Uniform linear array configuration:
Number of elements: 64
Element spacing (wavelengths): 0.25
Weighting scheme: hamming
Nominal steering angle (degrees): -60
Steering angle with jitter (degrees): -59.433
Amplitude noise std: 0.05
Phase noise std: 0.05

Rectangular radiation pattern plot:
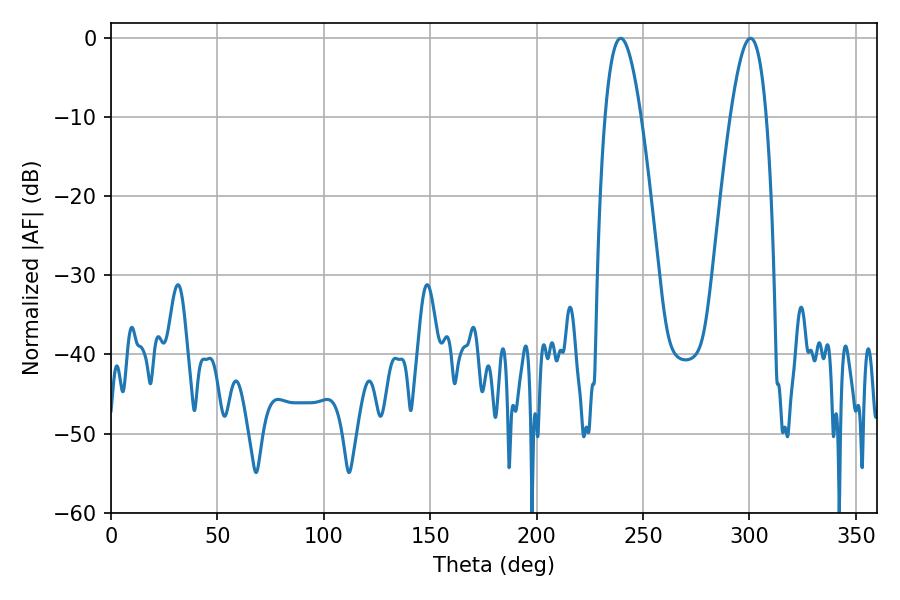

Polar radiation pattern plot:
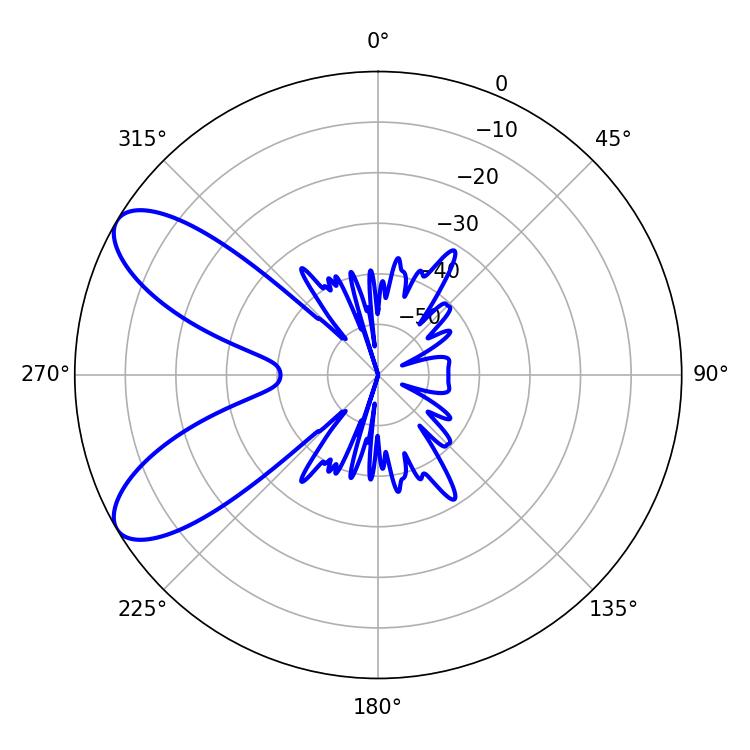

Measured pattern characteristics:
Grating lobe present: FALSE
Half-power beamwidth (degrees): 9.18
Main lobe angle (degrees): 300.42